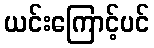
ယင်းကြောင့်ပင်